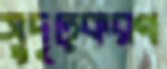
সুদৃঢ়করণ